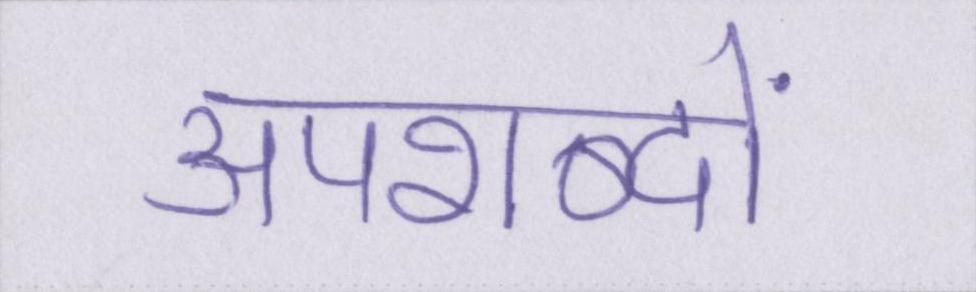
अपशब्दों